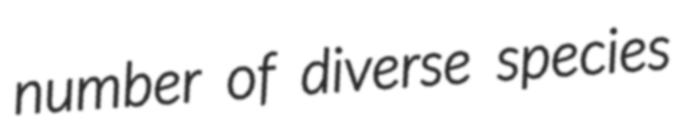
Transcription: number of diverse species